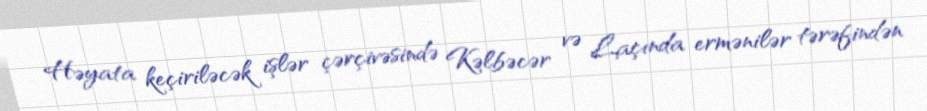
Həyata keçiriləcək işlər çərçivəsində Kəlbəcər və Laçında ermənilər tərəfindən